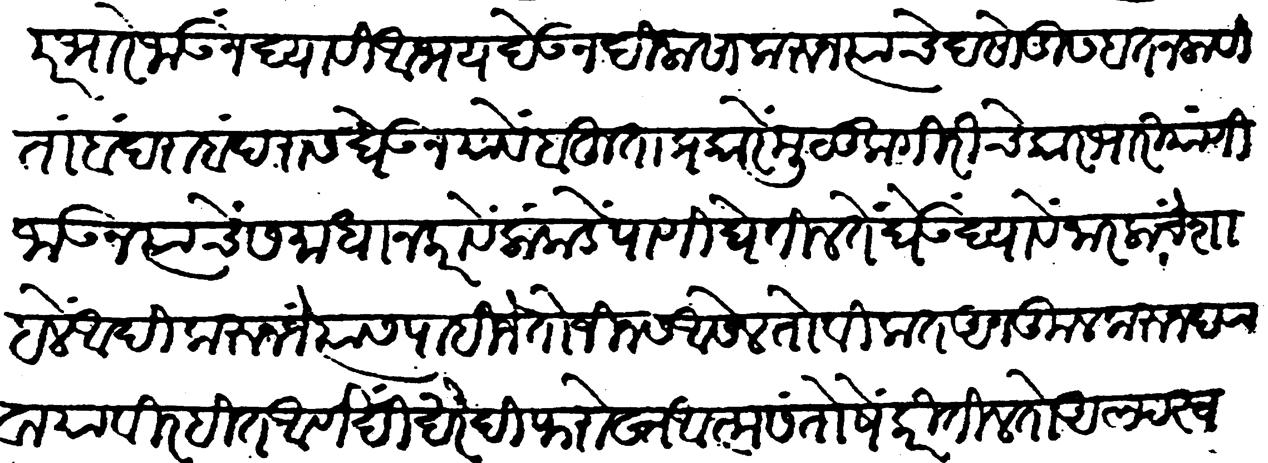
Transliteration (Devanagari): परभारें जाऊ न द्यावी अभय देऊन दिलासा करून त्यांचे दसोडीस हात न लावीता बंदराबंदरास घेऊन यावें बहुता प्रकारें मुलूकगीरीचे कारभारी याणी जाऊन त्यांचे समाधान करावे लांकडे पाणी घेतील तें घेऊं द्यावे नारळाचें शाहळें आदिकरुन जें त्यास पाहिजे तो जिन्नस असेल तो विकत अनुकूल करून द्यावा याविरहित आणखी खरेदी फरोख्त आत्मसंतोषे करितील तो अल्पस्वल्प